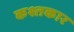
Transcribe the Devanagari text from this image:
कश्तकार